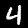
Label: 4